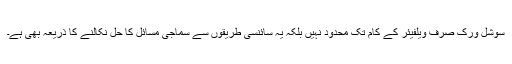
سوشل ورک صرف ویلفیئر کے کام تک محدود نہیں بلکہ یہ سائنسی طریقوں سے سماجی مسائل کا حل نکالنے کا ذریعہ بھی ہے۔